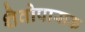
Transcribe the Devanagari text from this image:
शैवोपासक